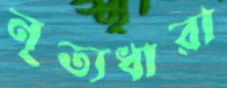
নৃত্যধারা